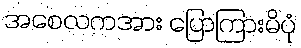
အစေလကအား ပြောကြားမိပုံ